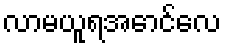
လာမယူရအောင်လေ